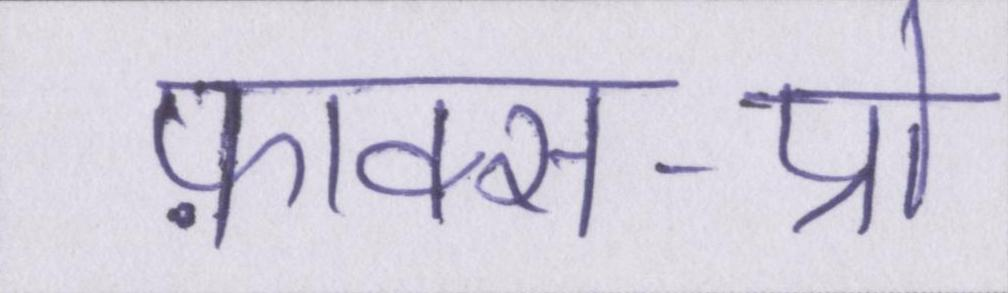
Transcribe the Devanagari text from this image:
फ़ाक्स-प्रो